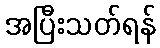
အပြီးသတ်ရန်